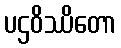
ပဌဝိဿိတော